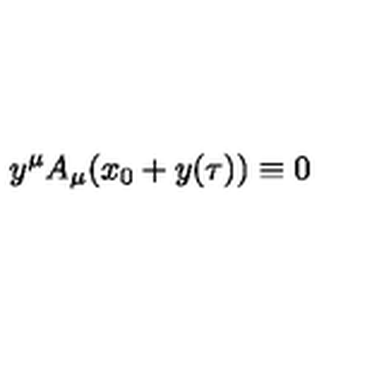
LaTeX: y ^ { \mu } A _ { \mu } ( x _ { 0 } + y ( \tau ) ) \equiv 0